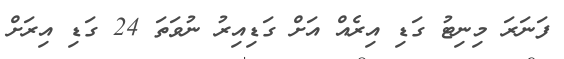
ފަނަރަ މިނިޓު ގަޑި އިރެއް އަށް ގަޑިއިރު ނުވަތަ 24 ގަޑި އިރަށް